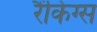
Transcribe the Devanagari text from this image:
रैंकिंग्स